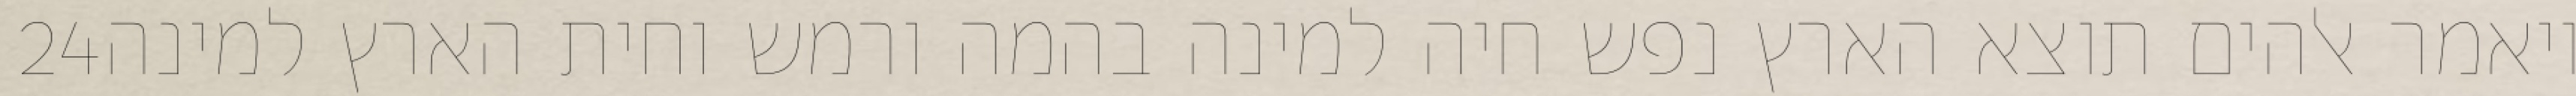
‎24‏ ויאמר אלהים תוצא הארץ נפש חיה למינה בהמה ורמש וחית הארץ למינה